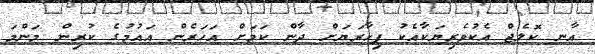
އާނ ކޮލެޖް އެކުވެރިޔަކާއެކު ފިހާރަޔަށް ދާން ކަމަށް އަހަރެން އައުމުގެ ކުރިން މަންމަ